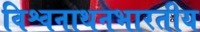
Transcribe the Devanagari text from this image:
विश्वनाथनभारतीय